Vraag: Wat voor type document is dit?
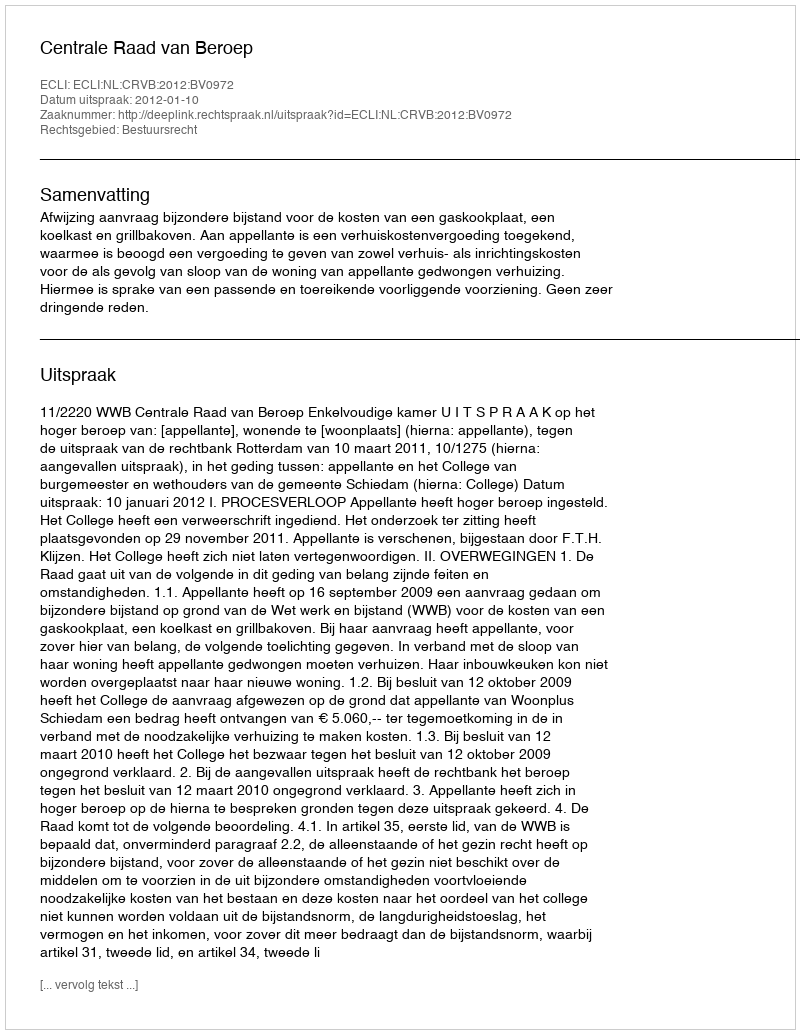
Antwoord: Uitspraak